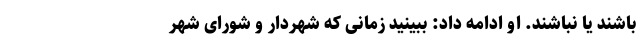
باشند یا نباشند. او ادامه داد: ببینید زمانی که شهردار و شورای شهر